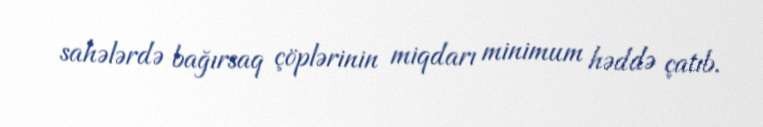
sahələrdə bağırsaq çöplərinin miqdarı minimum həddə çatıb.